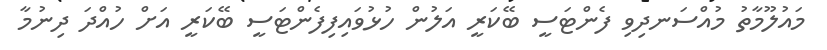
މައުލޫމާތު މުއްސަނދިވި ފެންޓަސީ ބޭކަރީ އަލުން ހުޅުވައިފިފެންޓަސީ ބޭކަރީ އަށް ހުއްދަ ދިނުމާ